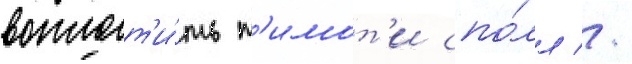
воплот'и́ть т'имот'и спо́лл //